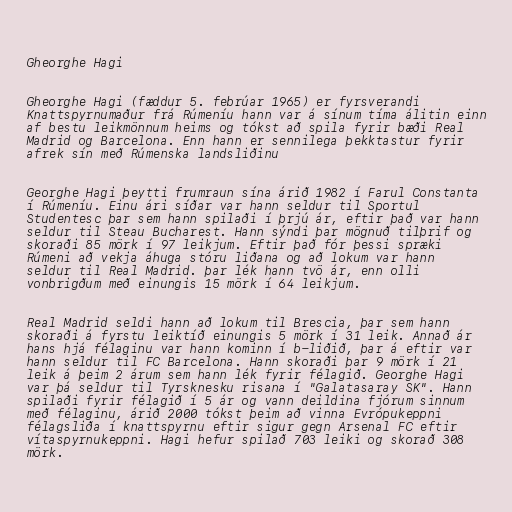
Gheorghe Hagi

Gheorghe Hagi (fæddur 5. febrúar 1965) er fyrsverandi
Knattspyrnumaður frá Rúmeníu hann var á sínum tíma álitin einn
af bestu leikmönnum heims og tókst að spila fyrir bæði Real
Madrid og Barcelona. Enn hann er sennilega þekktastur fyrir
afrek sín með Rúmenska landsliðinu

Georghe Hagi þeytti frumraun sína árið 1982 í Farul Constanta
í Rúmeníu. Einu ári síðar var hann seldur til Sportul
Studentesc þar sem hann spilaði í þrjú ár, eftir það var hann
seldur til Steau Bucharest. Hann sýndi þar mögnuð tilþrif og
skoraði 85 mörk í 97 leikjum. Eftir það fór þessi spræki
Rúmeni að vekja áhuga stóru liðana og að lokum var hann
seldur til Real Madrid. þar lék hann tvö ár, enn olli
vonbrigðum með einungis 15 mörk í 64 leikjum.

Real Madrid seldi hann að lokum til Brescia, þar sem hann
skoraði á fyrstu leiktíð einungis 5 mörk í 31 leik. Annað ár
hans hjá félaginu var hann kominn í b-liðið, þar á eftir var
hann seldur til FC Barcelona. Hann skoraði þar 9 mörk í 21
leik á þeim 2 árum sem hann lék fyrir félagið. Georghe Hagi
var þá seldur til Tyrsknesku risana í "Galatasaray SK". Hann
spilaði fyrir félagið í 5 ár og vann deildina fjórum sinnum
með félaginu, árið 2000 tókst þeim að vinna Evrópukeppni
félagsliða í knattspyrnu eftir sigur gegn Arsenal FC eftir
vítaspyrnukeppni. Hagi hefur spilað 703 leiki og skorað 308
mörk.